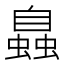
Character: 𧑉